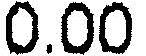
0.00